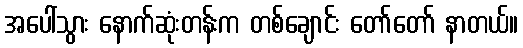
အပေါ်သွား နောက်ဆုံးတန်းက တစ်ချောင်း တော်တော် နာတယ်။